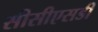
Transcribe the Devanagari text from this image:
सीसीएसडी